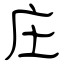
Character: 庄